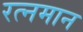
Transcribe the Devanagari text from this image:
रत्नमान